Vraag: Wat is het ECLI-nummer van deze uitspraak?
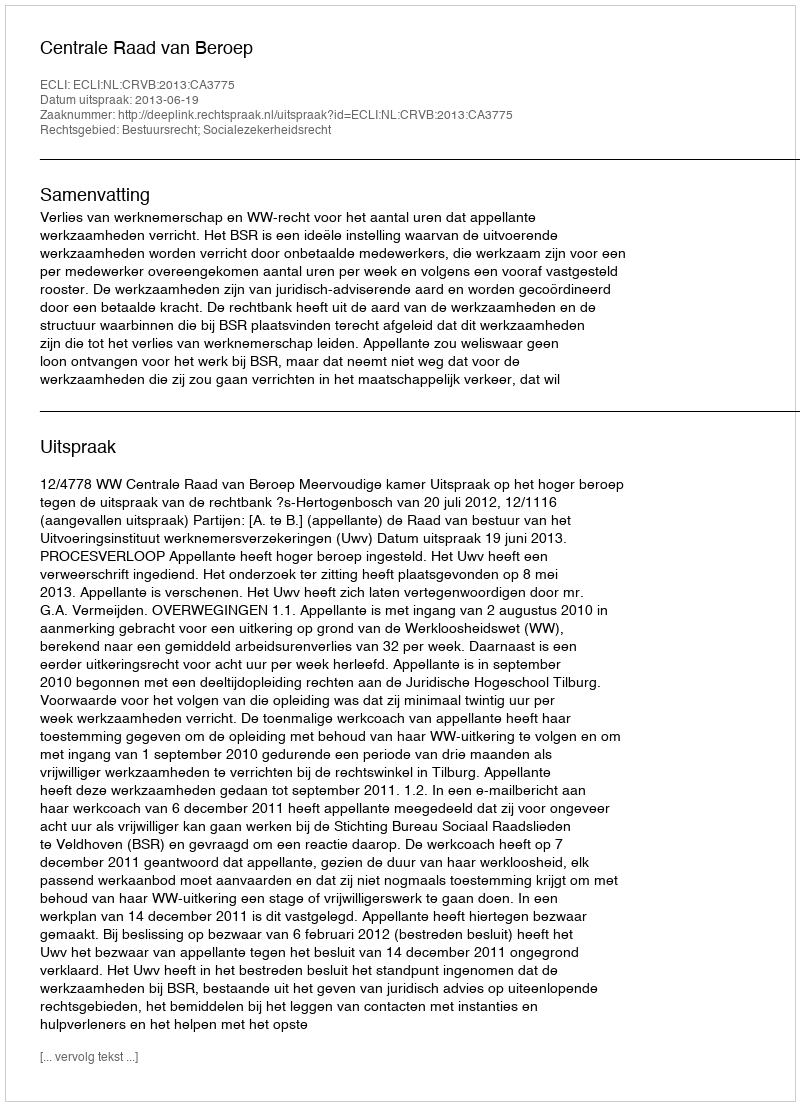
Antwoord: ECLI:NL:CRVB:2013:CA3775